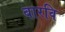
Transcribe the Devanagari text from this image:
बारवि